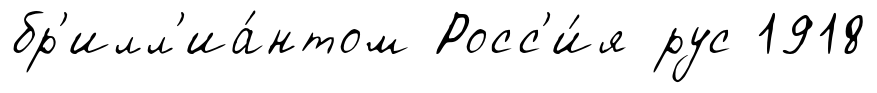
бр'илл'иа́нтом Росс'и́я рус 1918